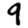
Digit: 9